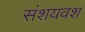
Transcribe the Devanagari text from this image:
संशयवश